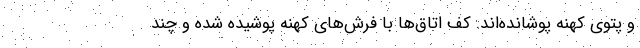
و پتوی کهنه پوشانده‌اند. کف اتاق‌ها با فرش‌های کهنه پوشیده شده و چند